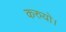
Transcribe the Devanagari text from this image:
करुयो।